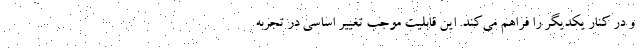
و در کنار یکدیگر را فراهم می‌کند. این قابلیت موجب تغییر اساسی در تجربه